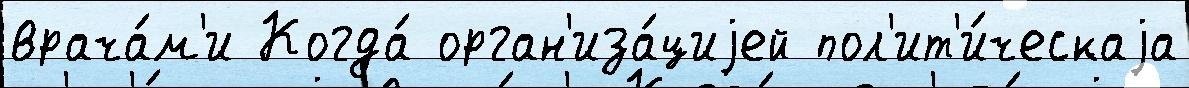
врача́м'и Когда́ орган'иза́циjей пол'ит'и́ческаjа